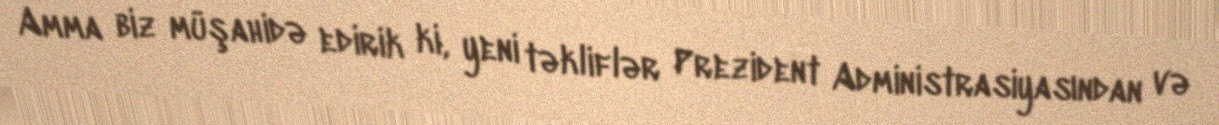
Amma biz müşahidə edirik ki, yeni təkliflər Prezident Administrasiyasından və